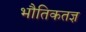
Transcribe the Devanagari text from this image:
भौतिकतज्ञ